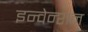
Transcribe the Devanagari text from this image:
इन्वेन्शन